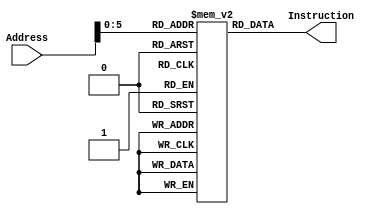
`timescale 1ns / 1ns

module Instruction_Memory(Address, Instruction);

	parameter BITSIZE = 32;
	parameter REGSIZE = 64;
	input [REGSIZE-1:0] Address;
	output reg [BITSIZE-1:0] Instruction;

	reg [BITSIZE-1:0] memory_file [REGSIZE-1:0];	// Entire list of memory

	// Asyncronous read of memory. Was not specified.
	always @(Address, memory_file[Address])
		begin
			Instruction = memory_file[Address];
		end

	integer i;
	//MY method of filling the memory instead of through a test bench
	initial
		begin
        i = 0;
        memory_file[i] = 32'b11111000000_00000000000_00000_11111; // stur xzr,[x0, 0]
        i = i + 1;
        memory_file[i] = 32'b11111000000_00000000001_00000_00001; // stur x1,[x0, 1]
        i = i + 1;
        memory_file[i] = 32'b11110010100_0000000000000110_11110; // movk x30, 6
        i = i+1;
        // start:
        memory_file[i] = 32'b11001011000_11110_000000_00010_00011; // sub x3. x2. x30(6)
        i = i+1;
        memory_file[i] = 32'b10110100000_0000000000000010_00011; //cbnz x3, loop
        i = i+1;
        // end:
        memory_file[i] = 32'b00010100000_000000000000000000000; // b 0
        i = i+1;
        // loop:
        memory_file[i] = 32'b11111000010_11111111111_00010_00100; // ldur x4, [x2, -1]
        i = i+1;
        memory_file[i] = 32'b11111000010_11111111110_00010_00101; // ldur x5, [x2, -2]
        i = i+1;
        memory_file[i] = 32'b10001011000_00101_000000_00100_00110; // add x6, x4, x5
        i = i+1;
        memory_file[i] = 32'b11111000000_00000000000_00010_00110; // stur x6, [x2, 0]
        i = i+1;
        memory_file[i] = 32'b10001011000_00001_000000_00010_00010; // add x2, x2, x1
        i = i + 1;
        memory_file[i] = 32'b00010100000_111111111111111111000; // b start    
       

		
		
		
		
		
		/*begin
			i = 0;
			memory_file[i] = 32'b00010100000_000000000000000000010;  //BRANCH    b 2
			i = i+1;
			i = i+1;
			memory_file[i] = 32'b10001010000_00001_000000_00010_00000;  //AND   and x0,x1,x2
			i = i+1;
			memory_file[i] = 32'b10001011000_00001_000000_00010_00000; //ADD    add x0,x1,x2
			i = i+1;
			memory_file[i] = 32'b10101010000_00001_000000_00010_00000;  //OR    orr x0,x1,x2
			i = i+1;
			memory_file[i] = 32'b10110100000_0000000000000010_00000;  //CBNZ     cbnz x0,2
			i = i+1;
			i = i+1;
			memory_file[i] = 32'b11001011000_00001_000000_00010_00000;  //SUB   sub x0,x1,x2
			i = i+1;
			memory_file[i] = 32'b11110010100_1111111111111111_00000; //MOVK      movk x0,
			i = i+1;
			memory_file[i] = 32'b11111000000_00000000000_00001_00000;  //STUR    stur x0,[x1,0]
			i = i+1;
			memory_file[i] = 32'b11111000010_00000000000_00001_00000;  //LDUR    ldur x0,[x1,0]
			
			
			*/
			
			
			
			
			
			
			/*
			memory_file[i] = 32'b11110010100_0000000000000001_00000; //MOVK      movk x0,1
			i = i+1; 
			memory_file[i] = 32'b11110010100_0000000000000001_00001; //MOVK      movk x1,1
			i = i+1;
			memory_file[i] = 32'b10001011000_00001_000000_00000_00010; //ADD    add x2,x0,x1
			i = i+1;
			memory_file[i] = 32'b11100000000_00001_000000_00000_00011;  //AND   and x3,x0,x1
			i = i+1;
			memory_file[i] = 32'b11100001100_00001_000000_00000_00100;  //OR    orr x4,x0,x1
			
			i = i+1;
			memory_file[i] = 32'b11001011000_00001_000000_00000_00101;  //SUB   sub x5,x0,x1
			
			i = i+1;
			memory_file[i] = 32'b11111000010_00000000000_00100_00110;  //LDUR    ldur x6,[x4,0]
			i = i+1;
			memory_file[i] = 32'b11111000000_00000000000_00100_00110;  //STUR    stur x6,[x4,0]
			i = i+1;
			memory_file[i] = 32'b00010100000_000000000000000000010;  //BRANCH    b 2
			i = i+1;
			memory_file[i] = 32'b11100000000_00001_000000_00000_00111;  //AND   and x7,x0,x1
			i = i+1;
			memory_file[i] = 32'b11100001100_00001_000000_00000_01000;  //OR    orr x8,x0,x1
			i = i+1;
			memory_file[i] = 32'b10110100000_0000000000000100_00101;  //CBNZ     cbnz x5,2
			i = i+1;
			memory_file[i] = 32'b11110010100_0000000000000011_00000; //MOVK      movk x0,3
			i = i+1; 
			memory_file[i] = 32'b11110010100_0000000000000101_00001; //MOVK      movk x1,5
			i = i+1;
			memory_file[i] = 32'b10001011000_00001_000000_00000_00010; //ADD    add x2,x0,x1
			
			*/
			
		end

endmodule